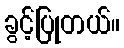
ခွင့်ပြုတယ်။